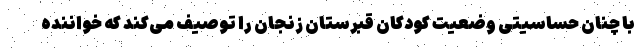
با چنان حساسیتی وضعیت کودکان قبرستان زنجان را توصیف می‌کند که خواننده